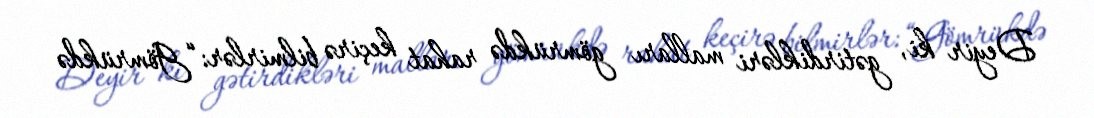
Deyir ki, gətirdikləri malları gömrükdə rahat keçirə bilmirlər: “Gömrükdə